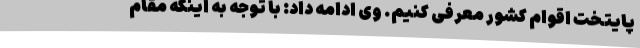
پایتخت اقوام کشور معرفی کنیم. وی ادامه داد: با توجه به اینکه مقام